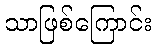
သာဖြစ်ကြောင်း